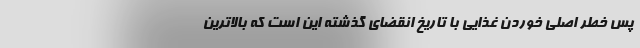
پس خطر اصلی خوردن غذایی با تاریخ انقضای گذشته این است که بالاترین